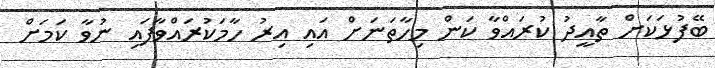
ބޭފުޅަކަށް ތާއީދު ކުރައްވާ ކަން މިހާތަނަށް އައި އިރު ހާމަކުރައްވާފައި ނުވާ ކަމަށް